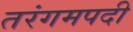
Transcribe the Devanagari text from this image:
तरंगमपदी